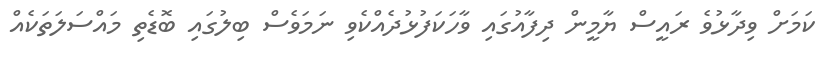
ކަމަށް ވިދާޅުވެ ރައީސް ޔާމީން ދިފާއުގައި ވާހަކަފުޅުދެއްކެވި ނަމަވެސް ބިލުގައި ބޮޑެތި މައްސަލަތަކެއް